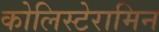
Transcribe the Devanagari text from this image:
कोलिस्टेरामिन